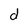
Character: d